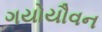
ગયોયૌવન